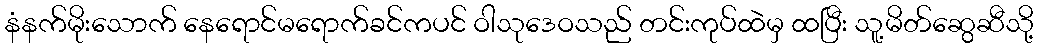
နံနက်မိုးသောက် နေရောင်မရောက်ခင်ကပင် ဝါသုဒေဝသည် တင်းကုပ်ထဲမှ ထပြီး သူ့မိတ်ဆွေဆီသို့